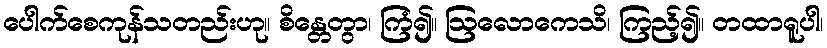
ပေါက်စေကုန်သတည်းဟု။ စိန္တေတွာ၊ ကြံ၍။ ဩလောကေသိ၊ ကြည့်၍။ တထာရူပါ၊